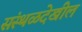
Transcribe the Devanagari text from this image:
संस्थळदेखील